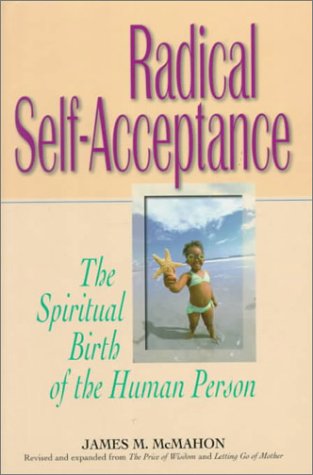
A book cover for Radical Self-Acceptance; James M. McMahon; Self-Help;